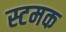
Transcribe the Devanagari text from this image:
स्टमक